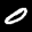
Label: 0